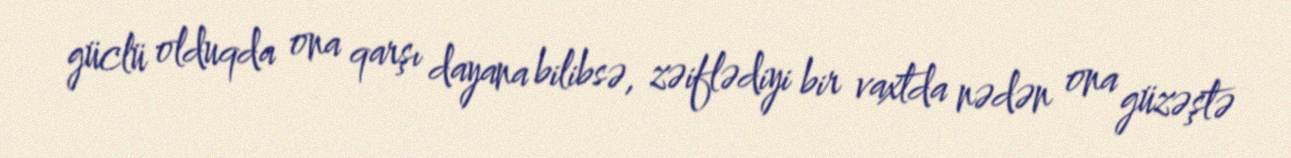
güclü olduqda ona qarşı dayana bilibsə, zəiflədiyi bir vaxtda nədən ona güzəştə